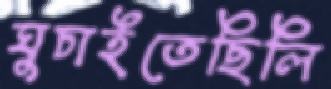
ঘুচাইতেছিলি